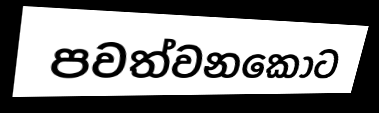
පවත්වනකොට